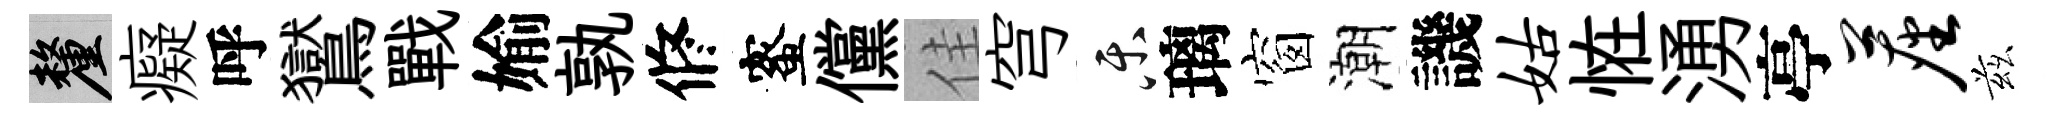
厘癡呼鸑戰媮孰修蜜儻佳穹乐璃窗潮譏姑恠湧亭尘兹